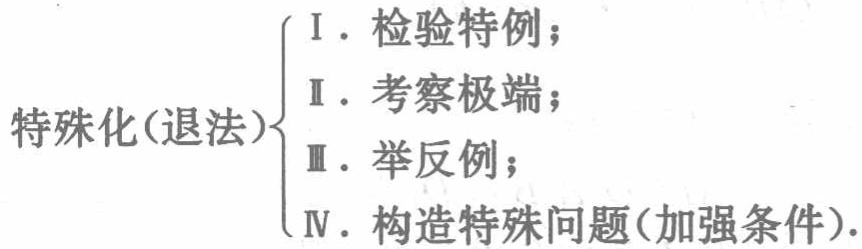
特殊化(退法)$\begin{cases}
\text{I. 检验特例；}\\
\text{II. 考察极端；}\\
\text{III. 举反例；}\\
\text{IV. 构造特殊问题(加强条件).}
\end{cases}$